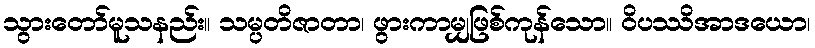
သွားတော်မူသနည်း။ သမ္ပတိဇာတာ၊ ဖွားကာမျှဖြစ်ကုန်သော။ ဝိပဿိအာဒယော၊